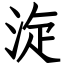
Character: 㳬